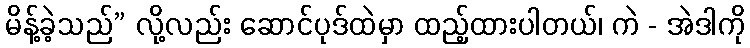
မိန့်ခဲ့သည်” လို့လည်း ဆောင်ပုဒ်ထဲမှာ ထည့်ထားပါတယ်၊ ကဲ - အဲဒါကို